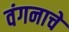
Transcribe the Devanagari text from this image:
वंगनाचे